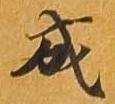
成